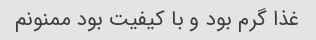
غذا گرم بود و با کیفیت بود ممنونم